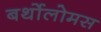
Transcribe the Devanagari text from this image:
बर्थोलोमस